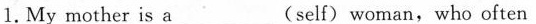
1. My mother is a __ (self) woman, who often